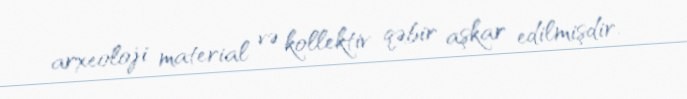
arxeoloji material və kollektiv qəbir aşkar edilmişdir.